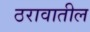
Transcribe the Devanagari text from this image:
ठरावातील